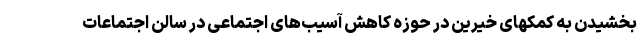
بخشیدن به کمکهای خیرین در حوزه کاهش آسیب‌های اجتماعی در سالن اجتماعات